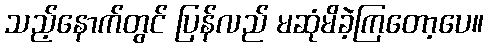
သည့်နောက်တွင် ပြန်လည် မဆုံမိခဲ့ကြတော့ပေ။